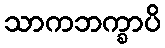
သာကဘက္ခာပိ